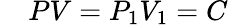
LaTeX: \quad PV=P_{1}V_{1}=C